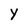
Character: Y